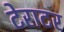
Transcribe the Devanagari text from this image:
टेराटर